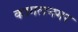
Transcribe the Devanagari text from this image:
कागलनगर